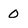
Character: 0